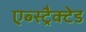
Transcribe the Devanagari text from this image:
एब्स्ट्रैक्टेड